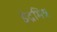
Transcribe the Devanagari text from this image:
इंद्रमित्र